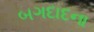
બગદાદના